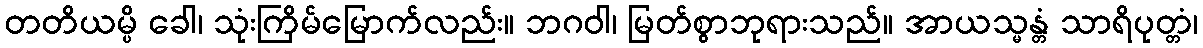
တတိယမ္ပိ ခေါ၊ သုံးကြိမ်မြောက်လည်း။ ဘဂဝါ၊ မြတ်စွာဘုရားသည်။ အာယသ္မန္တံ သာရိပုတ္တံ၊